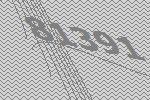
81391